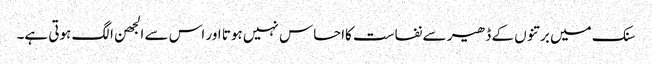
سنک میں برتنوں کے ڈھیر سے نفاست کااحساس نہیں ہوتا اور اس سے الجھن الگ ہوتی ہے۔